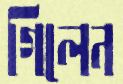
গিলেন